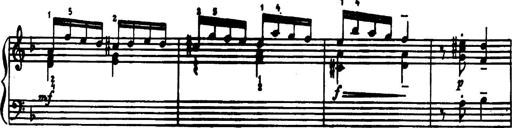
Title: 34 Keyboard Sonatinas
Composer: Georg Benda